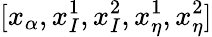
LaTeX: [x_{\alpha},x_{I}^{1},x_{I}^{2},x_{\eta}^{1},x_{\eta}^{2}]